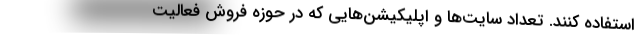
استفاده کنند. تعداد سایت‌ها و اپلیکیشن‌هایی که در حوزه فروش فعالیت